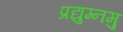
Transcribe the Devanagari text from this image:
प्रद्युम्नमु